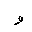
Letter: _waw